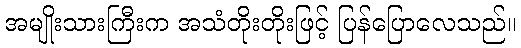
အမျိုးသားကြီးက အသံတိုးတိုးဖြင့် ပြန်ပြောလေသည်။